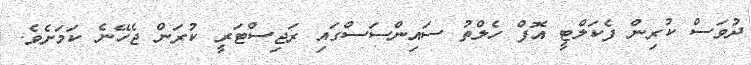
ދުވަސް ކުރިން ފެކަލްޓީ އޮފް ހެލްތު ސައިންސަސްގައި ރަޖިސްޓަރީ ކުރަން ޖެހޭނެ ކަަމަށެވެ.